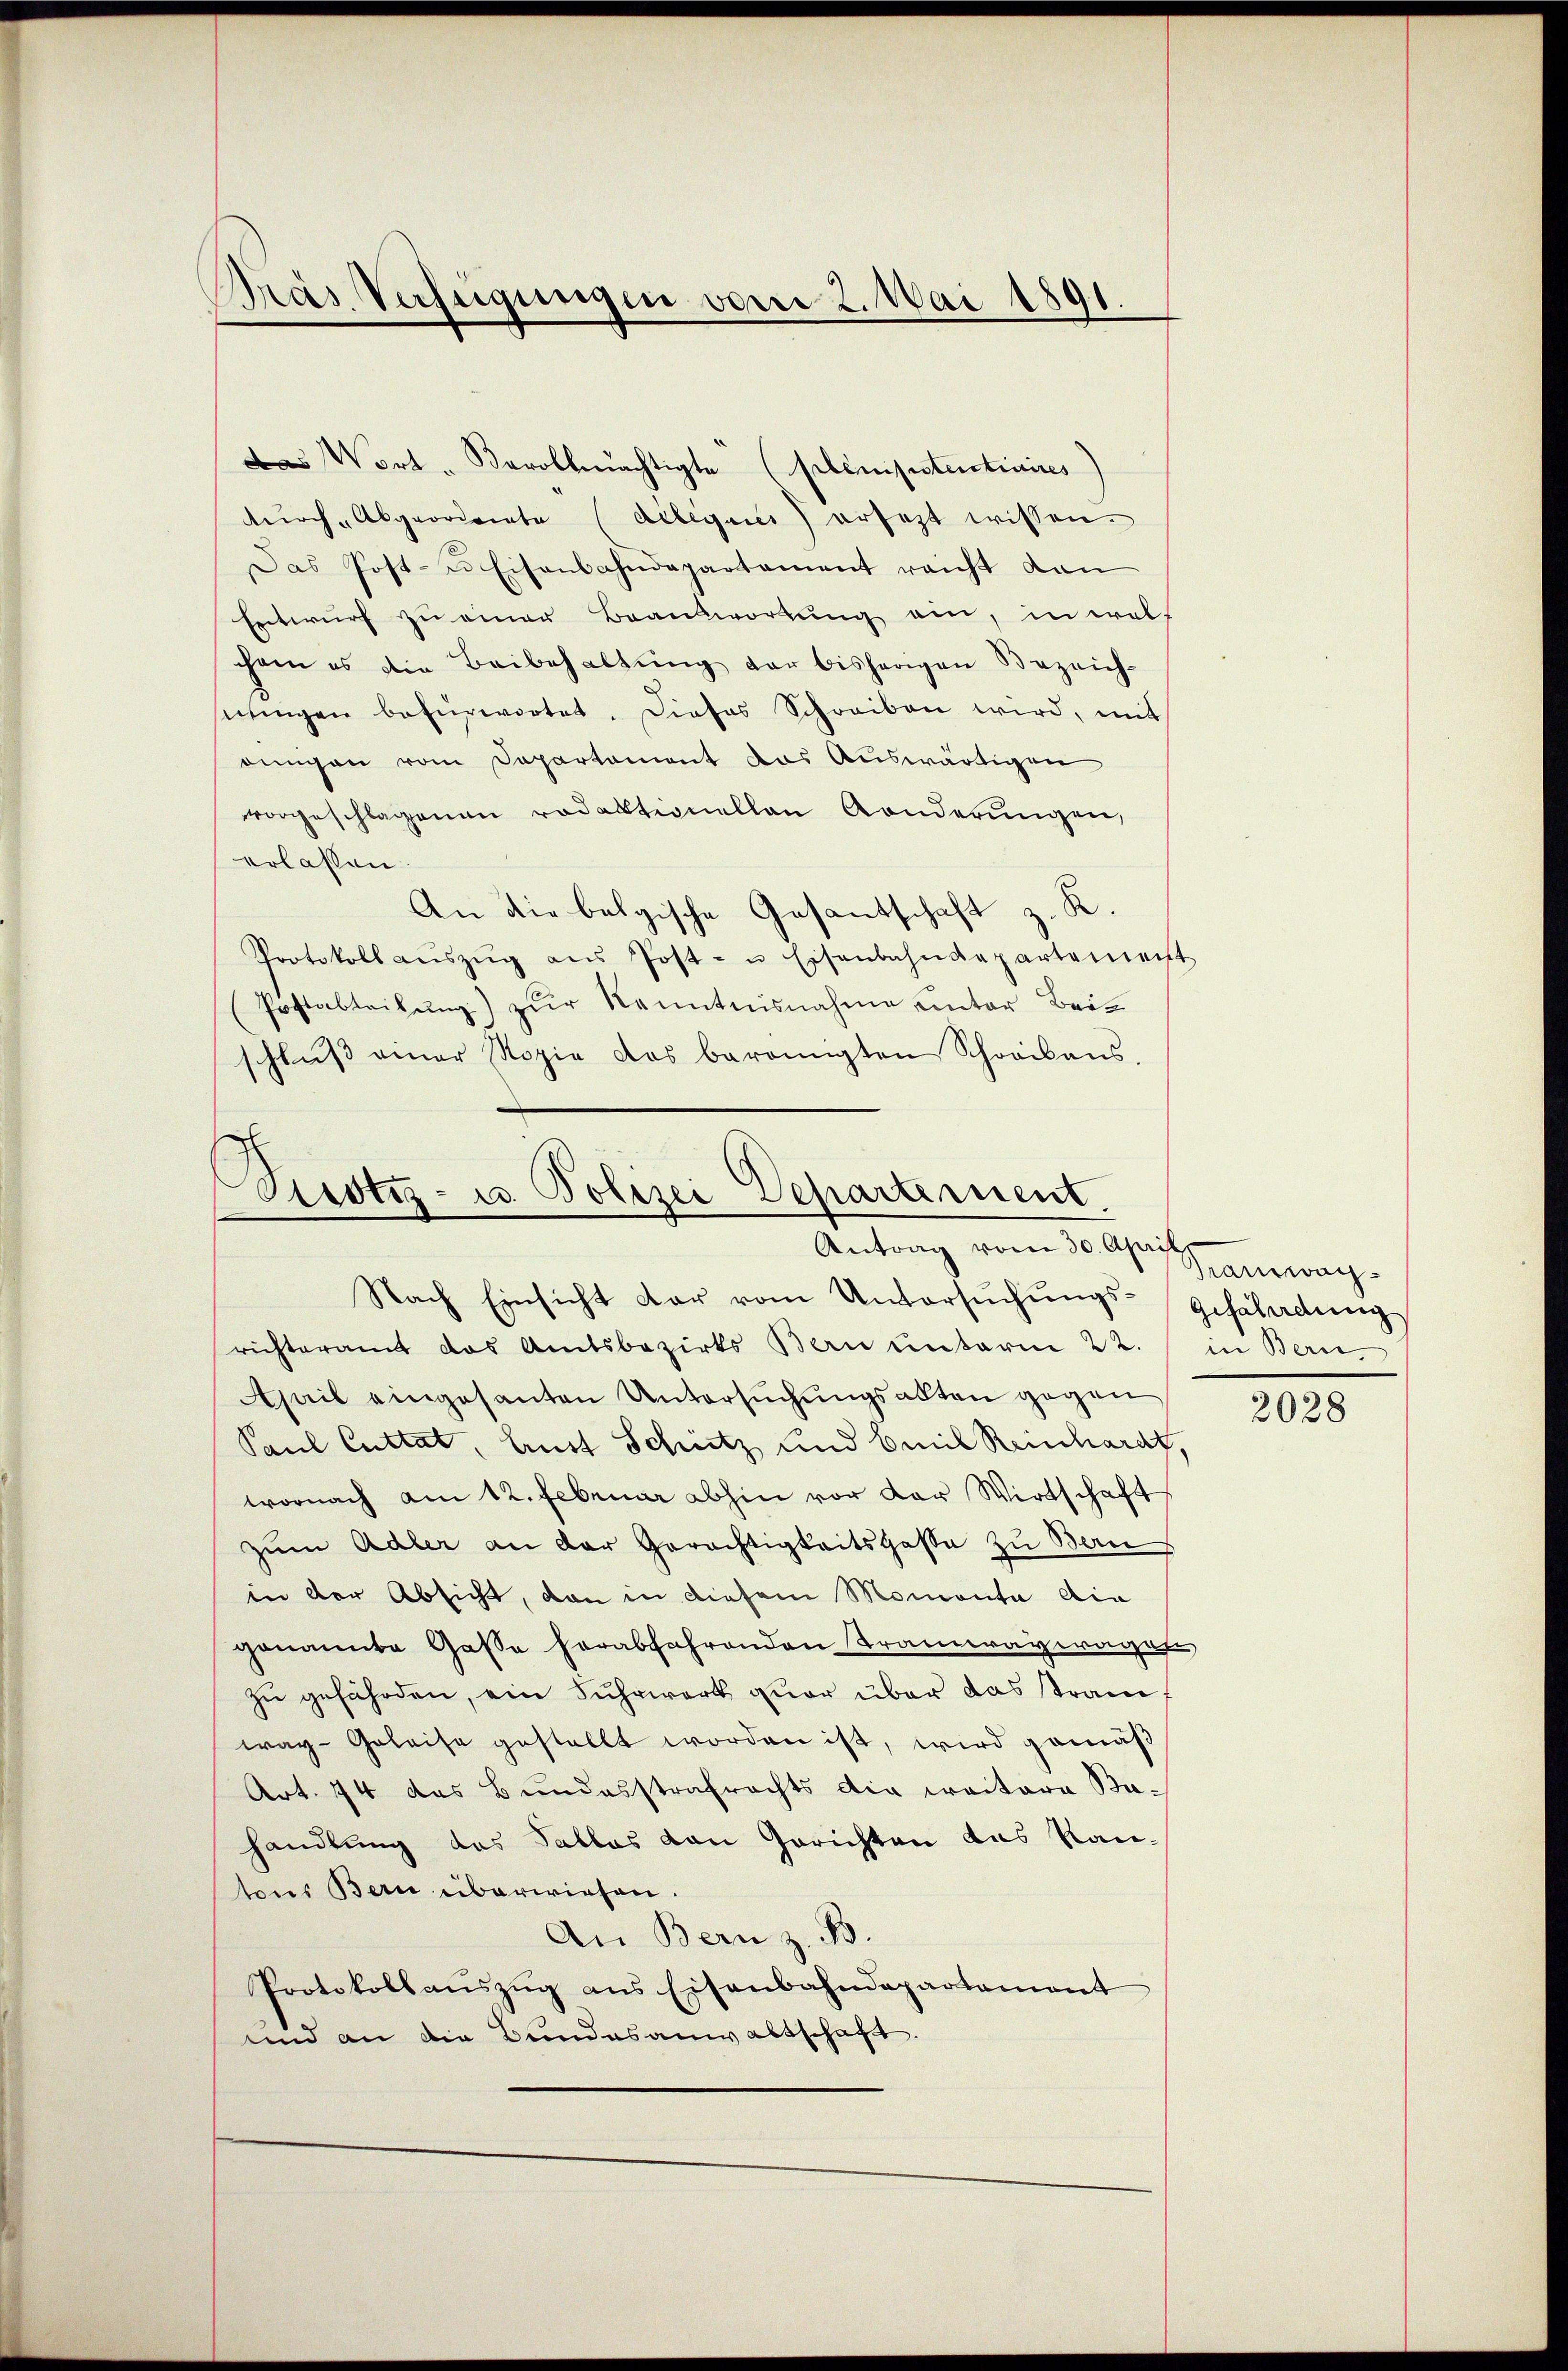
Pras Verfügungen vom 2. Mai 1891.

Das Wort - Bavollmächtigte (plinistentiaires
durch Abgeorderte (delegens) ersetzt wissen.
Das Post- u Eisenbahndepartement reicht dan
Entwurf zu einer Beantwortung ein, in wel
chem es die Beibehaltŭng der bisherigen Bezeich-
nŭngen befürwortet. Dieses Schreiben wird, mit
ringen vom Departement das Auswärtigen
vorgeschlagenen redaktionellen Anderungen,
erlassen.
An die belgische Gesantschaft z. K.
Protokoll aŭszŭg aŭs Post- u. Eisenbahndepartement
Postabteilŭng zŭr Kenntnisnahme unter Beischlŭβ einer Kopie das bereinigten Schreibens.

Zustiz- u. Polizei Departement.
Antrag vom 30. April

Kramwag

Nach Einsicht dar vom Untersŭchŭngs-Gefährdung
richteramt das Amtsbezirks Bern unterm 22. in Bern
April eingesanten Untersŭchŭngsalten gegen
Paul Cuttat, Lust Schutz und Emil Reinhardt,
wornach am 12. Februar abhin vor der Wirtschaft
zum Adler an der Gerächtigkeitsgasse zu Bern
in der Absicht, von in diesem Momenta die
genannte Gasse herabfahrenden Tramwaywagen,
zu gefährden, ein Fuhrwart quar über das tran
way-Geleise gestellt worden ist, wird gemäß
Art. 74 das Bundesstrafrechts die weitera Bahandlung des Tallas von Gerichten das Kantons Bern überwiesen.
An Bern z. B.
Protokollaŭszŭg ans Eisenbahndepartement
und an die Bundesanwaltschaft.

2028